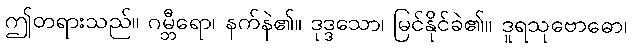
ဤတရားသည်။ ဂမ္ဘီရော၊ နက်နဲ၏။ ဒုဒ္ဒသော၊ မြင်နိုင်ခဲ၏။ ဒူရသုဗောဓော၊